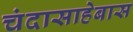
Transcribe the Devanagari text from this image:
चंदासाहेबास